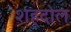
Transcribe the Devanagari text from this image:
शहदोल